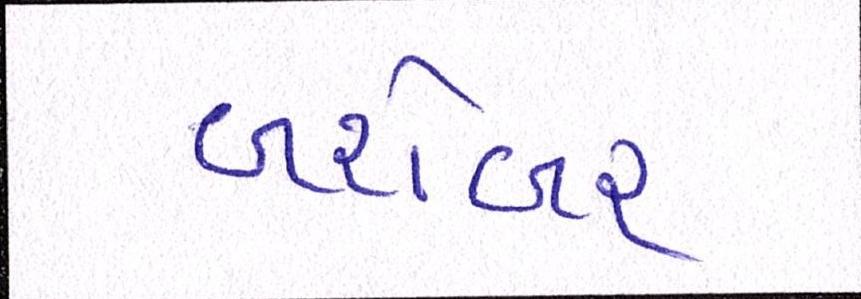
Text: બરોબર